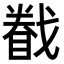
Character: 𢨄